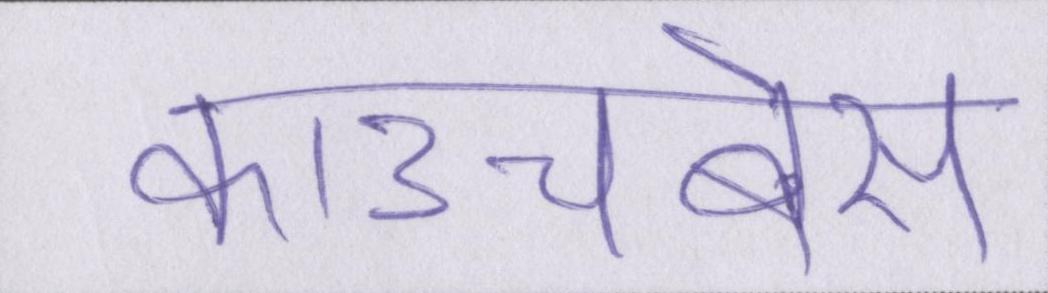
काउचबेस